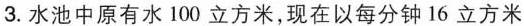
3.水池中原有水100立方米